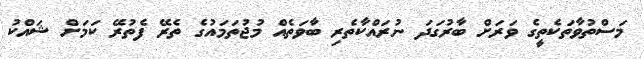
މަސްތުވާތަކެތީގެ ވަރަށް ބާރުގަދަ ނުރައްކާތެރި ބާވަތެއް މުޖުތަމައުގެ ތެރޭ ފެތުރޭ ކަމަށް ޝައްކު